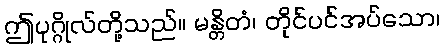
ဤပုဂ္ဂိုလ်တို့သည်။ မန္တိတံ၊ တိုင်ပင်အပ်သော၊